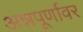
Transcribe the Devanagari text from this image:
अन्नपूर्णावर